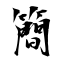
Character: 簡